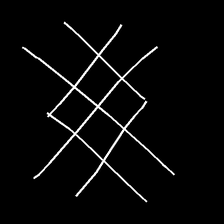
Glyph: crystal